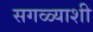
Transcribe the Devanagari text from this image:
सगळ्याशी